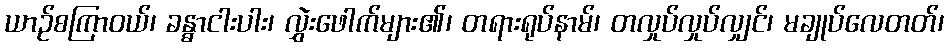
ယာဉ်စကြာဝယ်၊ ခန္ဓာငါးပါး၊ လွှဲးဖေါက်များ၏၊ တရားရုပ်နာမ်၊ တလှုပ်လှုပ်လျှင်၊ မချုပ်လေတတ်၊